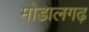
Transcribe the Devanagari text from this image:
मोडालगढ़